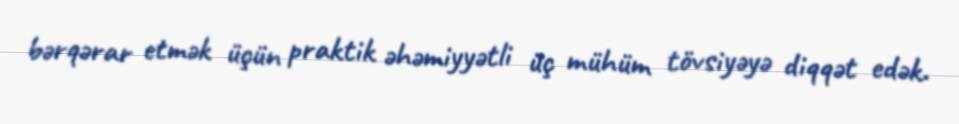
bərqərar etmək üçün praktik əhəmiyyətli üç mühüm tövsiyəyə diqqət edək.